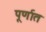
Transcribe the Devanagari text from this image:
पूर्णात